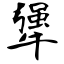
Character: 犟